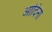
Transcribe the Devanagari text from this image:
आदिना